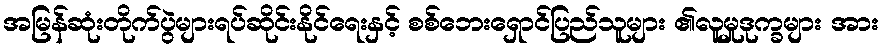
အမြန်ဆုံးတိုက်ပွဲများရပ်ဆိုင်းနိုင်ရေးနှင့် စစ်ဘေးရှောင်ပြည်သူများ ၏လူမှုဒုက္ခများ အား